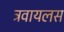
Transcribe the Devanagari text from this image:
ट्रवायलस